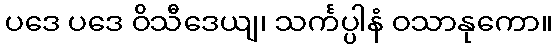
ပဒေ ပဒေ ဝိသီဒေယျ၊ သင်္ကပ္ပါနံ ဝသာနုကော။